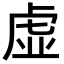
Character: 虚